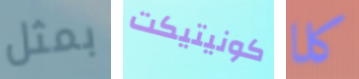
بمثل كونيتيكت كلا